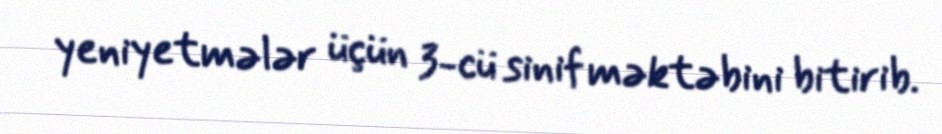
yeniyetmələr üçün 3-cü sinif məktəbini bitirib.